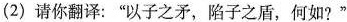
(2)请你翻译：”以子之矛，陷子之盾，何如?”